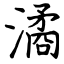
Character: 潏